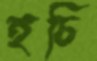
হচি